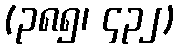
(၃၈၅၊ ၄၃၂)